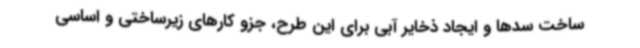
ساخت سدها و ایجاد ذخایر آبی برای این طرح، جزو کارهای زیرساختی و اساسی